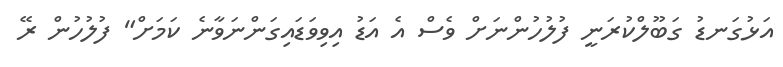
އަޅުގަނޑު ގަބޫލްކުރަނީ ފުލުހުންނަށް ވެސް އެ އަޑު އިވިވަޑައިގަންނަވާނެ ކަމަށް" ފުލުހުން ރޭ